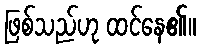
ဖြစ်သည်ဟု ထင်နေ၏။